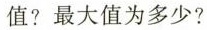
值?最大值为多少?